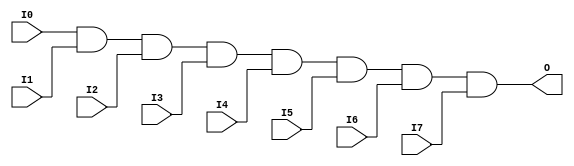

/*

FUNCTION	: 8-INPUT AND GATE

*/

`timescale  100 ps / 10 ps

`celldefine

module AND8 (O, I0, I1, I2, I3, I4, I5, I6, I7);


    output O;

    input  I0, I1, I2, I3, I4, I5, I6, I7;

    and A1 (O, I0, I1, I2, I3, I4, I5, I6, I7);

    specify
	(I0 *> O) = (0, 0);
	(I1 *> O) = (0, 0);
	(I2 *> O) = (0, 0);
	(I3 *> O) = (0, 0);
	(I4 *> O) = (0, 0);
	(I5 *> O) = (0, 0);
	(I6 *> O) = (0, 0);
	(I7 *> O) = (0, 0);
    endspecify

endmodule

`endcelldefine